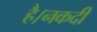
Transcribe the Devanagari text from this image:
है।नकदी